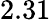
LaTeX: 2.31